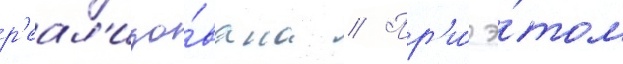
р'еал'изо́вана // Пр'и́ э́том